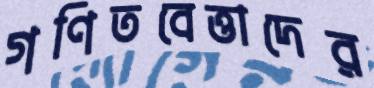
গণিতবেত্তাদের